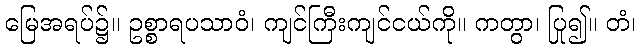
မြေအရပ်၌။ ဥစ္စာရပသာဝံ၊ ကျင်ကြီးကျင်ငယ်ကို။ ကတွာ၊ ပြု၍။ တံ၊